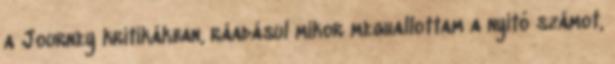
a Journey kritikákban, ráadásul mikor meghallottam a nyitó számot,